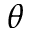
\theta